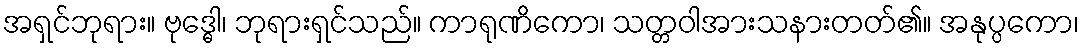
အရှင်ဘုရား။ ဗုဒ္ဓေါ၊ ဘုရားရှင်သည်။ ကာရုဏိကော၊ သတ္တဝါအားသနားတတ်၏။ အနုပ္ပကော၊